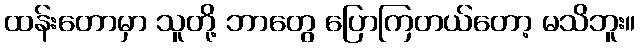
ထန်းတောမှာ သူတို့ ဘာတွေ ပြောကြတယ်တော့ မသိဘူး။